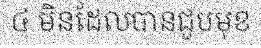
៤ មិនដែលបានជួបមុខ